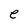
Character: e